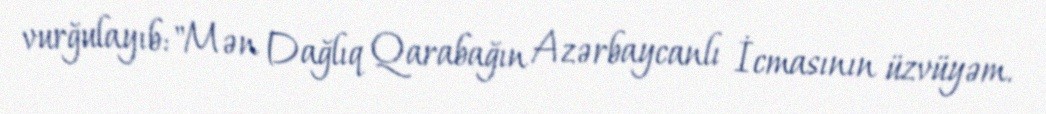
vurğulayıb: "Mən Dağlıq Qarabağın Azərbaycanlı İcmasının üzvüyəm.